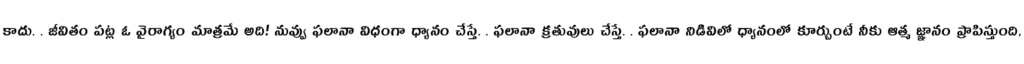
కాదు. . జీవితం పట్ల ఓ వైరాగ్యం మాత్రమే అది! నువ్వు ఫలానా విధంగా ధ్యానం చేస్తే. . ఫలానా క్రతువులు చేస్తే. . ఫలానా నిడివిలో ధ్యానంలో కూర్చుంటే నీకు ఆత్మ జ్ఞానం ప్రాపిస్తుంది,